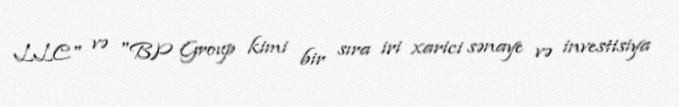
LLC" və "BP Group kimi bir sıra iri xarici sənaye və investisiya